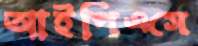
আইপিএসে